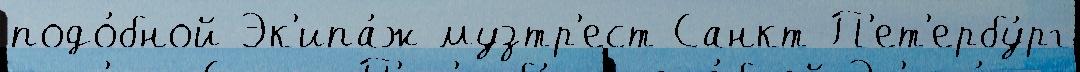
подо́бной Эк'ипа́ж музтр'ест Санкт-П'ет'ербу́рг